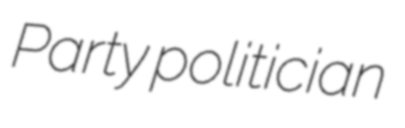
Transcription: Party politician